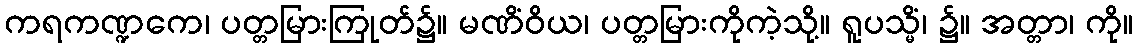
ကရကဏ္ဍကေ၊ ပတ္တမြားကြုတ်၌။ မဏိံဝိယ၊ ပတ္တမြားကိုကဲ့သို့။ ရူပသ္မိံ၊ ၌။ အတ္တာ၊ ကို။